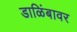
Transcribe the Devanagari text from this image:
डाळिंबावर